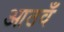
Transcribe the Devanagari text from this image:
आठवँ